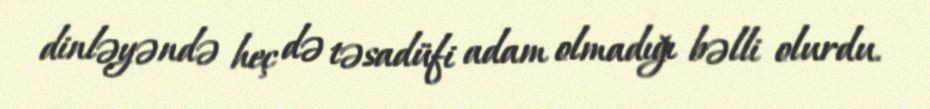
dinləyəndə heç də təsadüfi adam olmadığı bəlli olurdu.